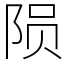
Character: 陨